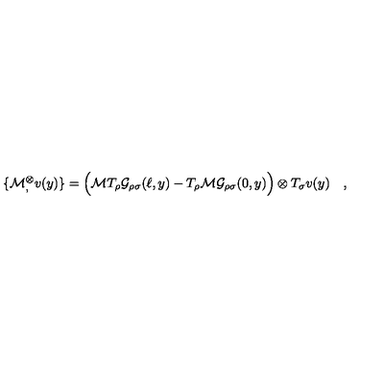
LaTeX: \{ { \cal M } { } _ { , } ^ { \otimes } v ( y ) \} = \Bigl ( { \cal M } T _ { \rho } { \cal G } _ { \rho \sigma } ( \ell , y ) - T _ { \rho } { \cal M } { \cal G } _ { \rho \sigma } ( 0 , y ) \Bigr ) \otimes T _ { \sigma } v ( y ) \quad ,